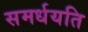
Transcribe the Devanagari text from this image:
समर्धयति